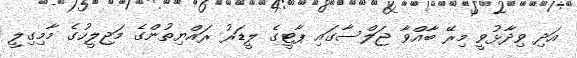
އަދި ވިދާޅުވީ މިރޭ ބާއްވާ ޖަލްސާގައި ޕާޓީގެ ލީޑަރު ރައްޔިތުންގެ މަޖިލީހުގެ މާމިގިލީ